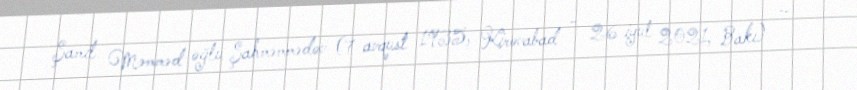
Şamil Məmməd oğlu Şahməmmədov (7 avqust 1935, Kirovabad – 26 iyul 2021, Bakı) —